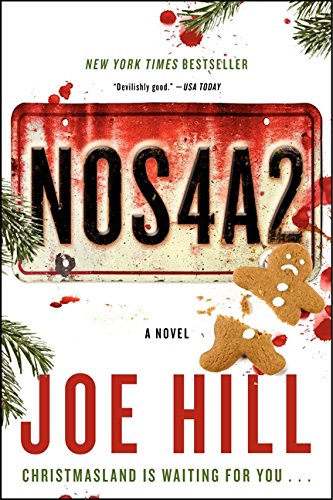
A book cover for NOS4A2: A Novel; Joe Hill; Mystery, Thriller & Suspense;